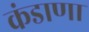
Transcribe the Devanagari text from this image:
कंडाणा